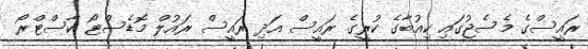
ރައީސްގެ މެސެޖުގައި ކިއުބާގެ ކުރީގެ ރައީސް އަދި ރައީސް ރައުލް މޮޑެސްޓޯ ކާސްޓްރޯ